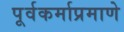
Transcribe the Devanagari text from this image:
पूर्वकर्माप्रमाणे